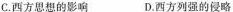
C.西方思想的影响 D.西方列强的侵略